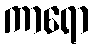
ကာရော